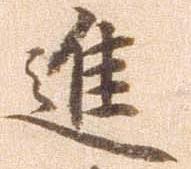
進